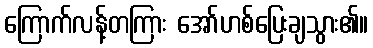
ကြောက်လန့်တကြား အော်ဟစ်ပြေးချသွား၏။